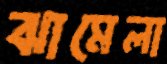
ঝামেলা